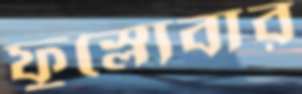
ফুস্‌লোবার